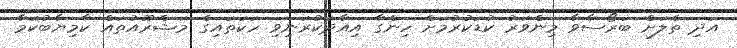
އަދި ތެލަށް ބަރޯސާވާ މިންވަރު ކުޑަކުރުމަށް ހިންގާ އިއާދަކުރަނިވި ހަކަތައިގެ މަޝްރޫއުތައް ކާމިޔާބުކަމާ